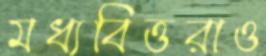
মধ্যবিত্তরাও